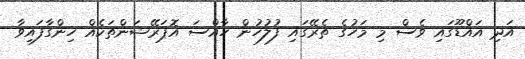
އަދި އައްޑޫގައި ވެސް މި މަހުގެ ތެރޭގައި ފުލުހުން ހާއްސަ އޮޕަރޭޝަންތަކެއް ހިންގާފައިވާ